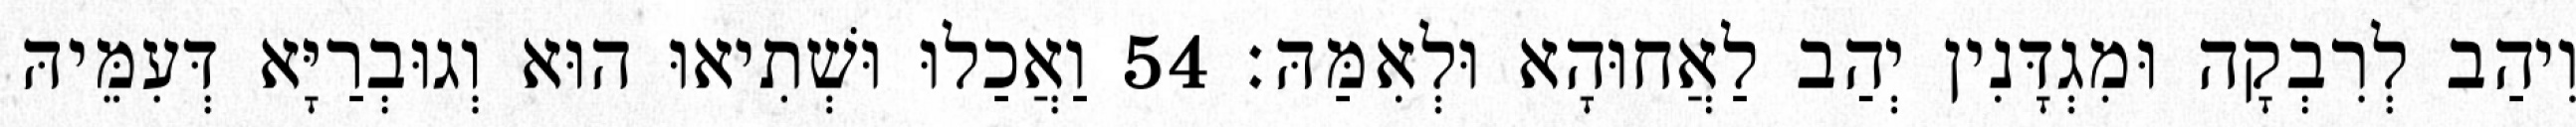
וִיהַב לְרִבְקָה וּמִגְדָּנִין יְהַב לַאֲחוּהָא וּלְאִמַּהּ׃ 54 וַאֲכַלוּ וּשְׁתִיאוּ הוּא וְגוּבְרַיָּא דְּעִמֵּיהּ